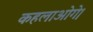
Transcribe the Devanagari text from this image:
कहलाओगे।